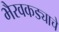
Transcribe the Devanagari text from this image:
भैरवकड्याचे